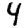
Digit: 4